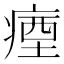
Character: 𭼗